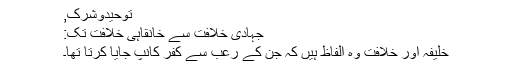
توحیدوشرک,
جہادی خلافت سے خانقاہی خلافت تک:
خلیفہ اور خلافت وہ الفاظ ہیں کہ جن کے رعب سے کفر کانپ جایا کرتا تھا۔